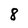
Character: 8